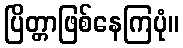
ပြိတ္တာဖြစ်နေကြပုံ။